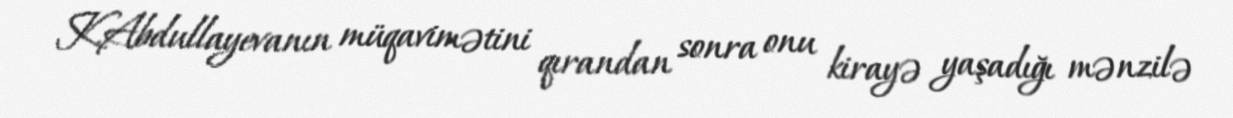
K.Abdullayevanın müqavimətini qırandan sonra onu kirayə yaşadığı mənzilə